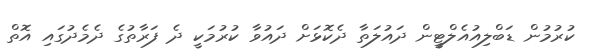
ކުރުމުން ޑަބްލިއުއެލްޓީން ދައުލަތާ ދެކޮޅަށް ދައުވާ ކުރުމަކީ ދެ ފަރާތުގެ ދެމެދުގައި އޮތް